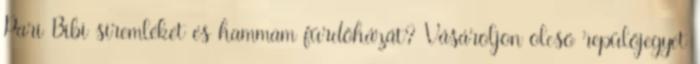
Pari Bibi síremléket és hammam fürdőházát? Vásároljon olcsó repülőjegyet